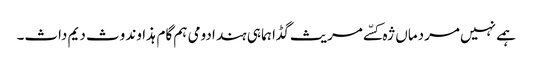
ہمے نہیں مردماں ژہ کسّے مریث گڈا ہما ہی ہند ادومی ہم گام ہذاوند وث دیم داث۔